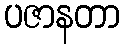
ပဇာနတာ